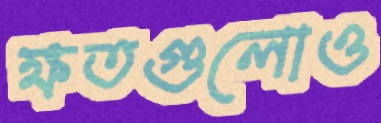
ক্ষতগুলোও